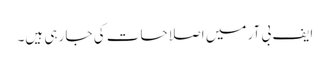
ایف بی آر میں اصلاحات کی جا رہی ہیں۔